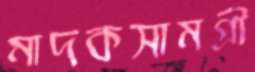
মাদকসামগ্রী